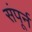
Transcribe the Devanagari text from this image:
संपूर्न